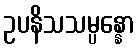
ဥပနိသသမ္ပန္နော